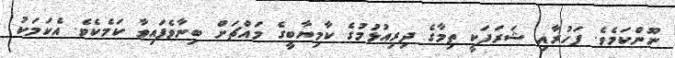
ނޫންކަމެވެ. ފަހުރާއި ޝަރަފަކީ ތިމާގެ ދިރިއުޅުމުގެ ކާމިޔާބީގެ މައްޗަށް ބިނާވެފައިވާ ކަމެކެވެ. އެކަމަކު